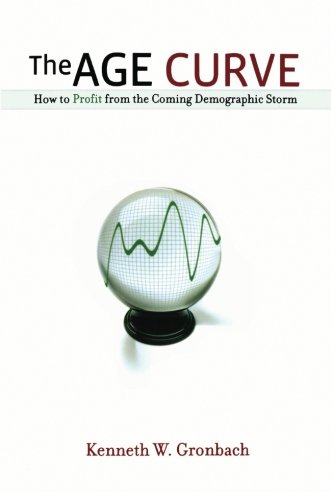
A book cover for The Age Curve: How to Profit from the Coming Demographic Storm; Kenneth W. Gronbach; Business & Money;